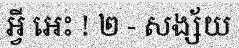
អ្វី អេះ ! ២ - សង្ស័យ